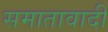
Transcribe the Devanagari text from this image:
समातावादी